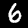
Digit: 6